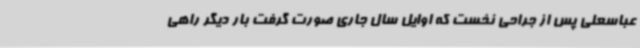
عباسعلی پس از جراحی نخست که اوایل سال جاری صورت گرفت بار دیگر راهی